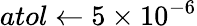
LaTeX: atol\gets 5\times 10^{-6}